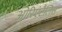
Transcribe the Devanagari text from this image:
ओरिएंटैलिस